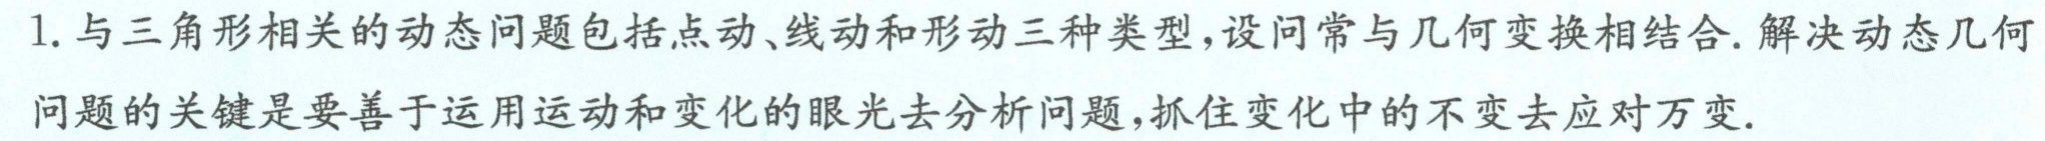
1. 与三角形相关的动态问题包括点动、线动和形动三种类型，设问常与几何变换相结合. 解决动态几何
问题的关键是要善于运用运动和变化的眼光去分析问题，抓住变化中的不变去应对万变.